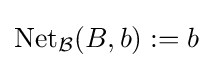
\operatorname {Net} _{\mathcal {B}}(B,b):=b